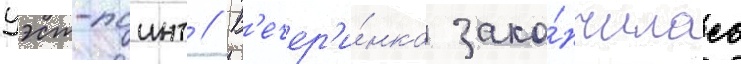
уэст-поинт // В'ечер'и́нка зако́нчилась